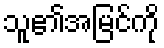
သူ၏အမြင်ကို